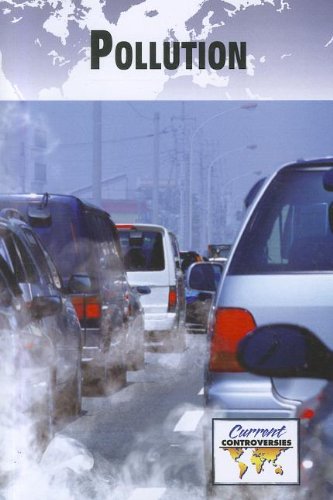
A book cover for Pollution (Current Controversies); Debra A. Miller; Teen & Young Adult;